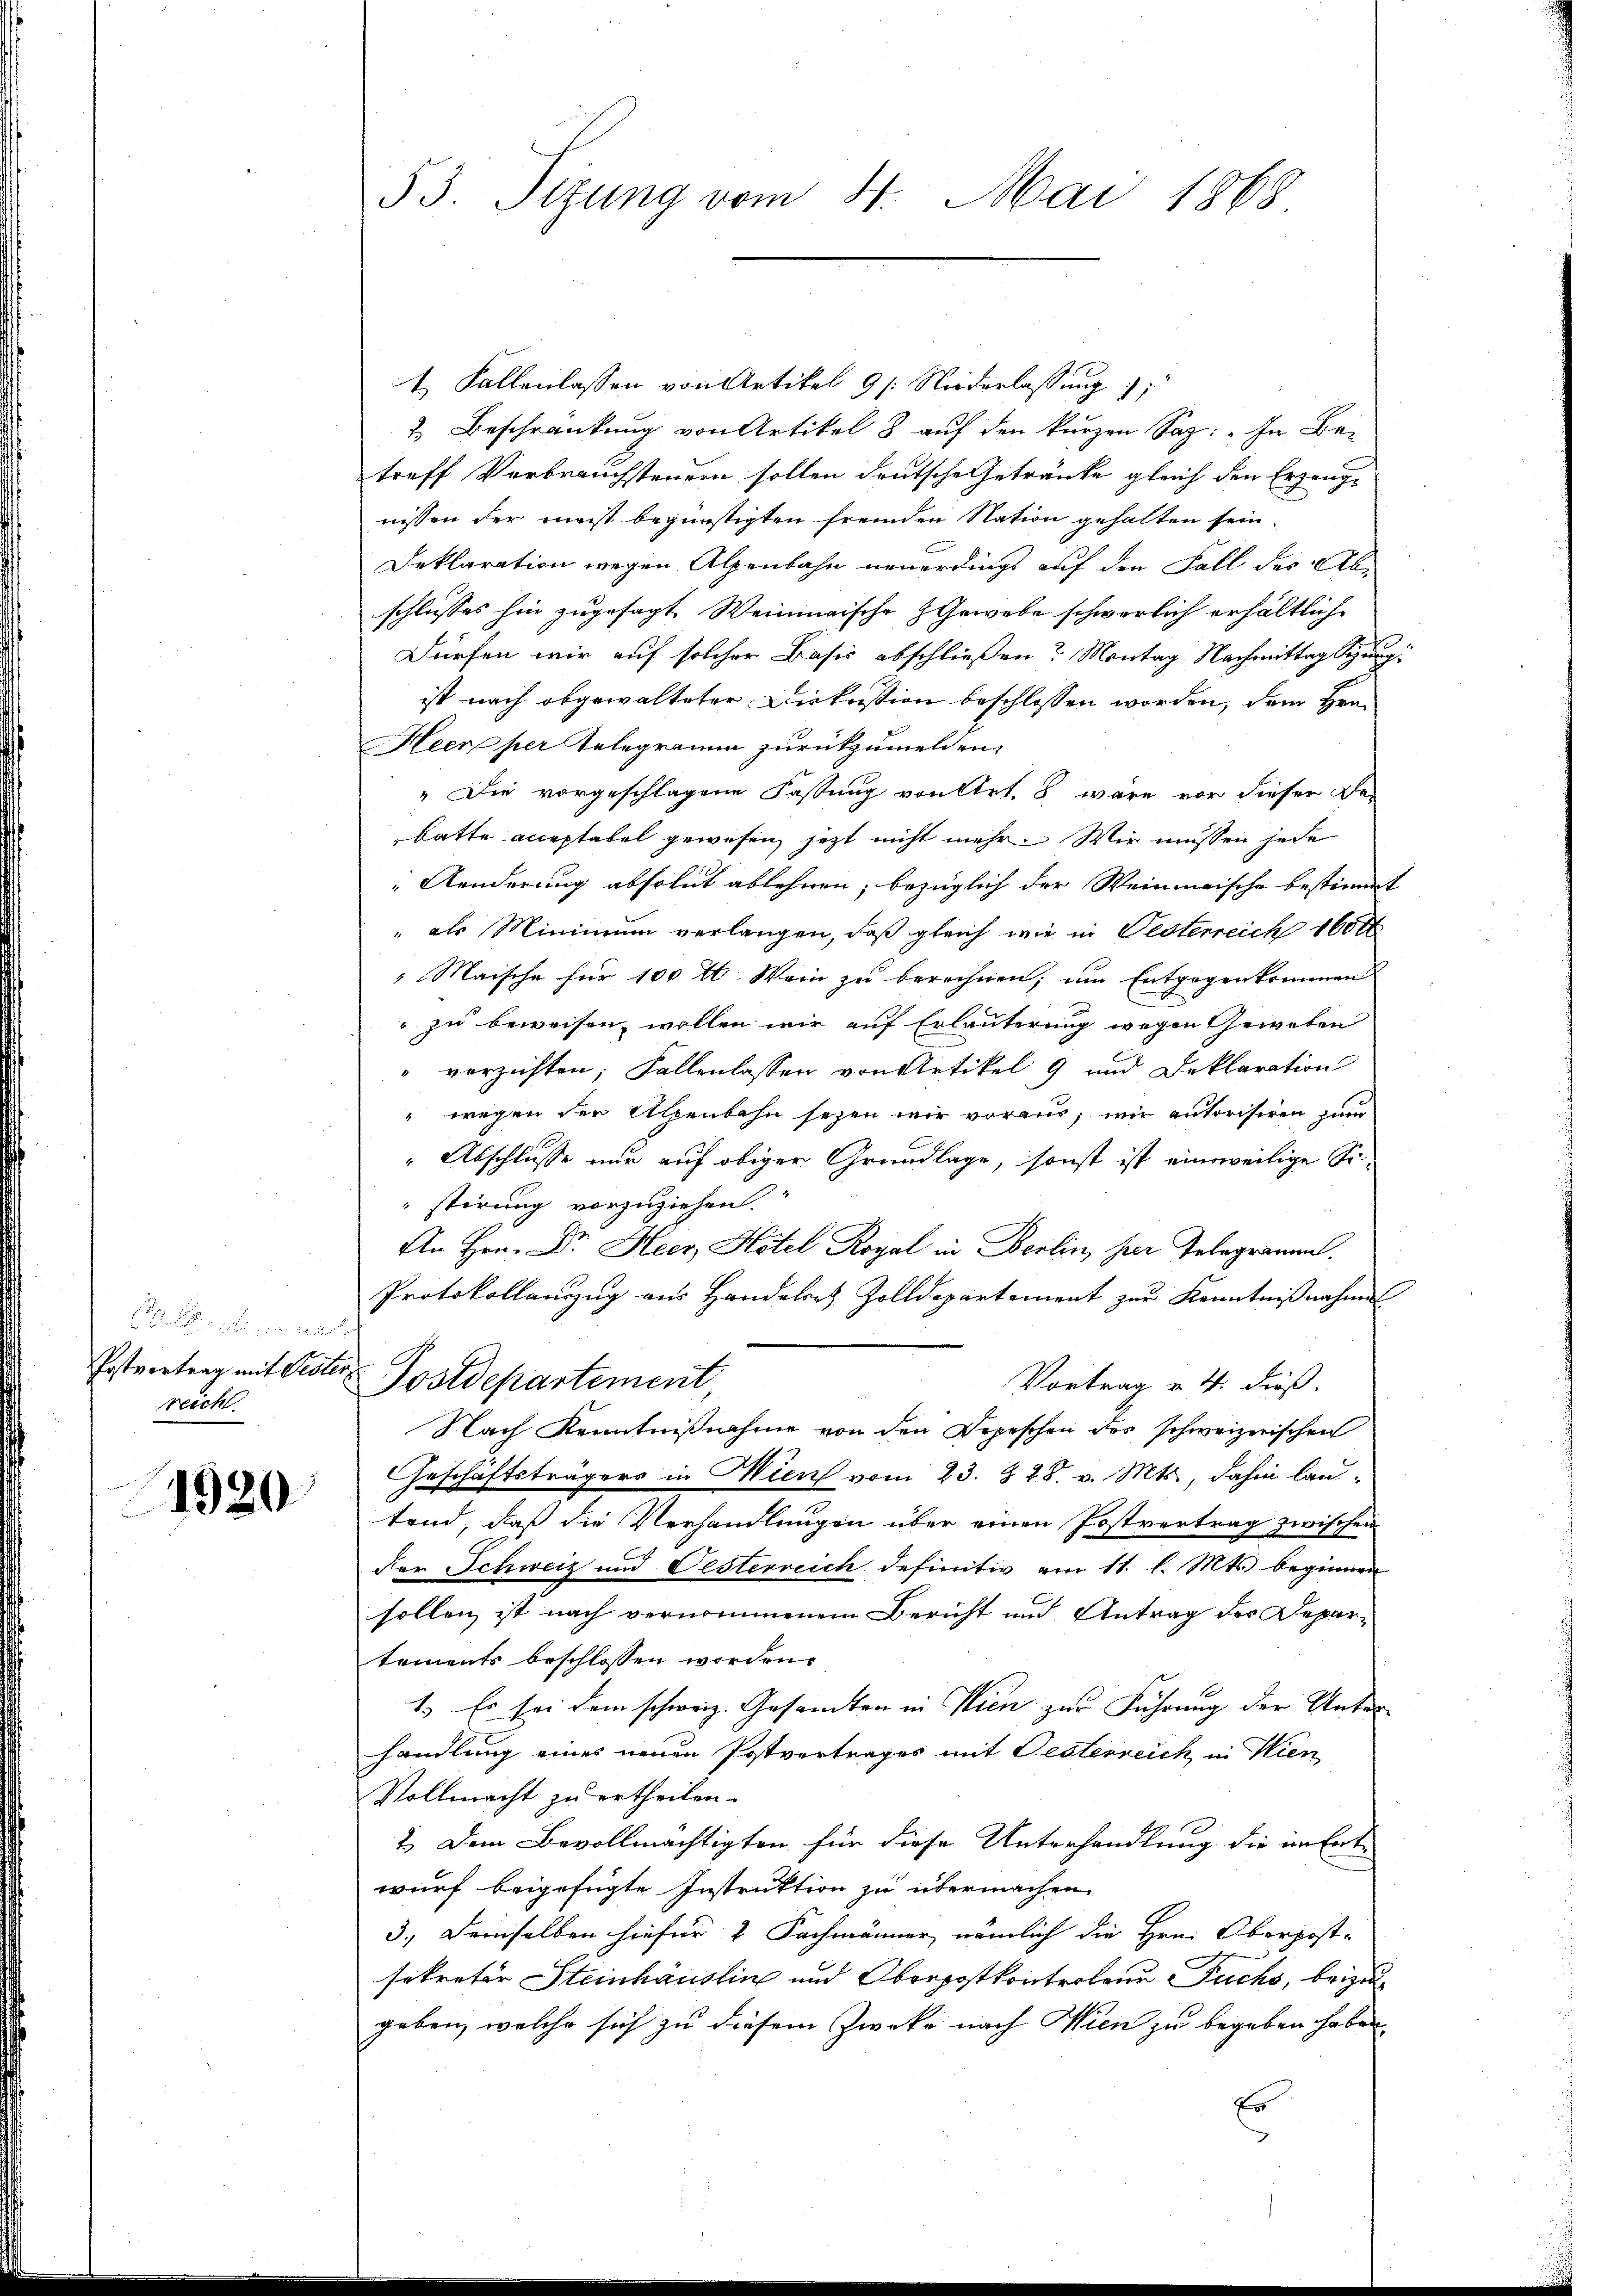
d. d. Rech
Postvertrag mit Peste.
reich

1920

53. Tizung vom 4. Mai 1868.

1. Fallenlassen von Artikel 9 s. Niederlassung;
2 Beschränkung von Artikel 8 auf den kurzen Saz: „In Betreff Verbrauchsteuern sollen deutsche Getränke gleich den Erzeugnissen der meist begünstigten fremden Nation gehalten sein.
Deklaration wegen Alpenbahn neuerdings auf den Fall des Abe
schlusses hin zugesagt Weinmaische Gewebe schwerlich erhältlich
Dürfen wir auf solcher Basis abschließen? Montag Nachmittag ge
ist nach abgewalteter Diskussion beschlossen worden, dem Hrn.
Heer per Telegramm zurückzumelden,
" Die vorgeschlagene Fassung von Art. 8 wäre vor dieser Bebatte acceptabel gewesen, jetzt nicht mehr. Wir müssen jede
Aenderung absolut ablehnen, bezüglich der Weinmaische bestimmt
" als Minimum verlangen, daß gleich wie in Oesterreich 1600
Maische für 100 rl. Wein zu berechnen, um Entgegenkommen
 zu beweisen, wollen wir auf Erläuterung wegen Geweben
verzichten; Fallenlassen von Artikel 9 und Deklaration
" wegen der Alpenbahn seyen wir voraus, wie autorisiren zum
"Abschlusse nur auf obiger Grundlage, sonst ist einweilige Sistirung vorzuziehen.
An Hrn. Dr. Heer, Hotel Royal in Berlin, per Telegrammt.
Protokollanzug aus Handelret Zolldepartement zur Kenntnißnahme
.
Postdepartement
Vortrag v. 4. dieß.
Nach Kenntnißnahme von den Depeschen des schweizerischen
Geschäftsträgers in Wien vom 23. §. 28. v. Mts., dahin lautend, daß die Verhandlungen über einen Postvertrag zwischen
der Schweiz und Oesterreich definitiv am 11. l. Mts. beginnen
sollen ist nach vernommenem Bericht und Antrag des Departements beschlossen worden.
1.) Es sei dem schweiz. Gesamten in Wien zur Führung der Unter-
handlung eines neuen Postvertrages mit Festerreich in Wien,
Vollmacht zu ertheilen.
2.) Dem Bevollmächtigten für diese Unterhandlung die an Entwurf beigefügte Instruktion zu übermachen.
3.) Demselben hiefür 4 Fachmänner, nämlich die Hrn. Oberpost-
sekretär Steinhäuslin und Oberpostkontrolene Fuchs, beizu
geben, welche sich zu diesem Zwecke nach Wien zu begeben haben
Er